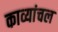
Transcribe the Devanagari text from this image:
काव्यांचल